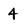
Character: 4